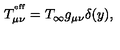
T _ { \mu \nu } ^ { ^ \mathrm { e f f } } = T _ { \infty } g _ { \mu \nu } \delta ( y ) ,